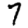
Digit: 7